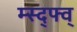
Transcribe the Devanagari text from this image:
म्स्द्फ्व्